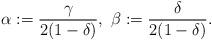
LaTeX: \begin{align*}\alpha := \frac{\gamma}{2(1-\delta)}, \ \beta := \frac{\delta}{2(1-\delta)}.\end{align*}